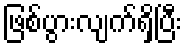
ဖြစ်ပွားလျက်ရှိပြီး